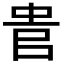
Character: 𠳋